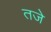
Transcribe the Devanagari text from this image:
तजे